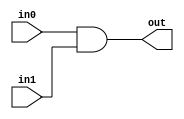
module assign_delay(input in0, in1 , output out);
	
	assign #10 out = in0 & in1;


	//or we can do 
	//wire #10 out ;
	//assign out= in0 & in1;

	//we can also do 
	//wire #10 out = in0 & in1;

endmodule 

module test;
	reg in0, in1;
	wire out;
	assign_delay delay(in0, in1, out); 
	initial begin
		$dumpfile("test.vcd");
		$dumpvars(0,test);
		in0=0; in1=0; 
		$monitor($time ," out = %b, in0 = %b, in1 = %b",out, in0, in1);
		#10 in0 = 1'b1; in1 = 1'b1;
		#10 in0 = 1'b0;
		#5  in0 = 1'b0; in1 = 1'b1;  
		#5  in0 = 1'b1;
		#10 in0 = 1'b0; in1 = 1'b0;
		#15 in0 = 1'b1; in1 = 1'b1;
		#5  in0 = 1'b0;

	end
endmodule